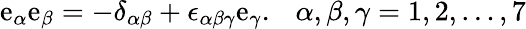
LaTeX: \mathrm{e}_{\alpha}\mathrm{e}_{\beta}=-\delta_{\alpha\beta}+\epsilon_{\alpha\beta\gamma}\mathrm{e}_{\gamma}.~~~\alpha,\beta,\gamma=1,2,\ldots,7